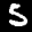
Label: 5